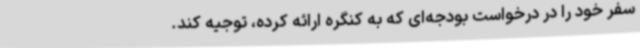
سفر خود را در درخواست بودجه‌ای که به کنگره ارائه کرده، توجیه کند.